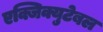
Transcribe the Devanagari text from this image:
एक्जिक्युटेबल